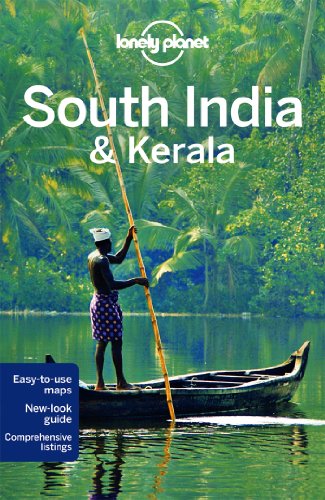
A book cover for Lonely Planet South India & Kerala (Travel Guide); Lonely Planet; Travel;